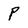
Character: P